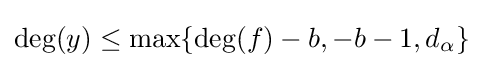
{\textstyle \deg(y)\leq \max\{\deg(f)-b,-b-1,d_{\alpha }\}}